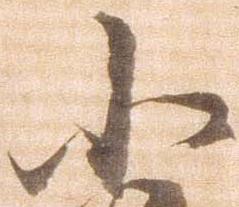
小